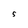
Character: S